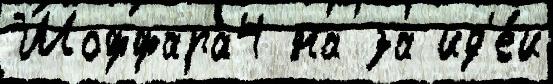
Шоффара4 на за ид'е́и